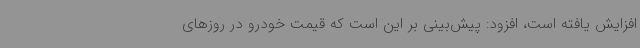
افزایش یافته است، افزود: پیش‌بینی‌ بر این است که قیمت خودرو در روزهای